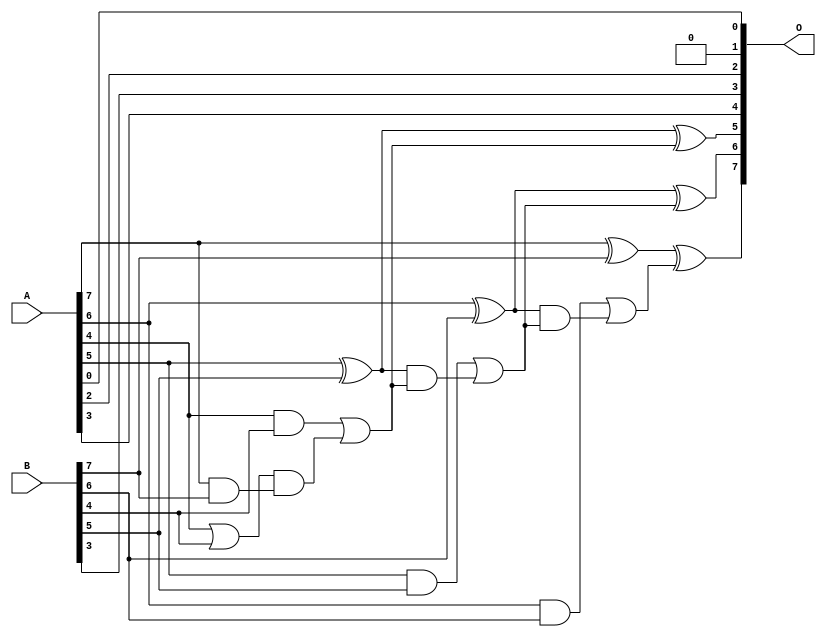
/***
* This code is a part of EvoApproxLib library (ehw.fit.vutbr.cz/approxlib) distributed under The MIT License.
* When used, please cite the following article(s): V. Mrazek, L. Sekanina, Z. Vasicek "Libraries of Approximate Circuits: Automated Design and Application in CNN Accelerators" IEEE Journal on Emerging and Selected Topics in Circuits and Systems, Vol 10, No 4, 2020 
* This file contains a circuit from a sub-set of pareto optimal circuits with respect to the pwr and wce parameters
***/
// MAE% = 7.97 %
// MAE = 10 
// WCE% = 19.53 %
// WCE = 25 
// WCRE% = 2500.00 %
// EP% = 96.88 %
// MRE% = 61.40 %
// MSE = 158 
// PDK45_PWR = 0.016 mW
// PDK45_AREA = 39.4 um2
// PDK45_DELAY = 0.37 ns

module add8s_6X9 (
    A,
    B,
    O
);

input [7:0] A;
input [7:0] B;
output [7:0] O;

wire sig_30,sig_31,sig_33,sig_34,sig_35,sig_37,sig_38,sig_39,sig_40,sig_41,sig_42,sig_43,sig_45,sig_46,sig_47,sig_48,sig_49;

assign sig_30 = A[7] & B[7];
assign sig_31 = A[6] & B[6];
assign sig_33 = A[4] | B[4];
assign sig_34 = A[4] & B[4];
assign sig_35 = sig_33 & sig_30;
assign sig_37 = sig_34 | sig_35;
assign sig_38 = A[5] ^ B[5];
assign sig_39 = A[5] & B[5];
assign sig_40 = sig_38 & sig_37;
assign sig_41 = sig_38 ^ sig_37;
assign sig_42 = sig_39 | sig_40;
assign sig_43 = A[6] ^ B[6];
assign sig_45 = sig_43 & sig_42;
assign sig_46 = sig_43 ^ sig_42;
assign sig_47 = sig_31 | sig_45;
assign sig_48 = A[7] ^ B[7];
assign sig_49 = sig_48 ^ sig_47;

assign O[7] = sig_49;
assign O[6] = sig_46;
assign O[5] = sig_41;
assign O[4] = A[3];
assign O[3] = B[3];
assign O[2] = A[2];
assign O[1] = 1'b0;
assign O[0] = A[0];

endmodule